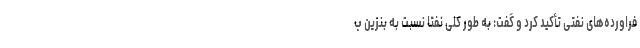
فراورده‌های نفتی تأکید کرد و گفت: به طور کلی نفتا نسبت به بنزین ب